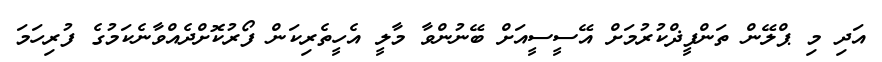
އަދި މި ޕްލޭން ތަންފީޛްކުރުމަށް އޭސީސީއަށް ބޭނުންވާ މާލީ އެހީތެރިކަން ފޯރުކޮށްދެއްވާނެކަމުގެ ފުރިހަމަ